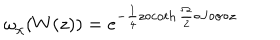
LaTeX: { \omega } _ { \chi } ( W ( z ) ) = { e } ^ { - { \frac 1 4 } z \circ \coth { { \frac \Omega 2 } } \circ J \circ \sigma \circ z }